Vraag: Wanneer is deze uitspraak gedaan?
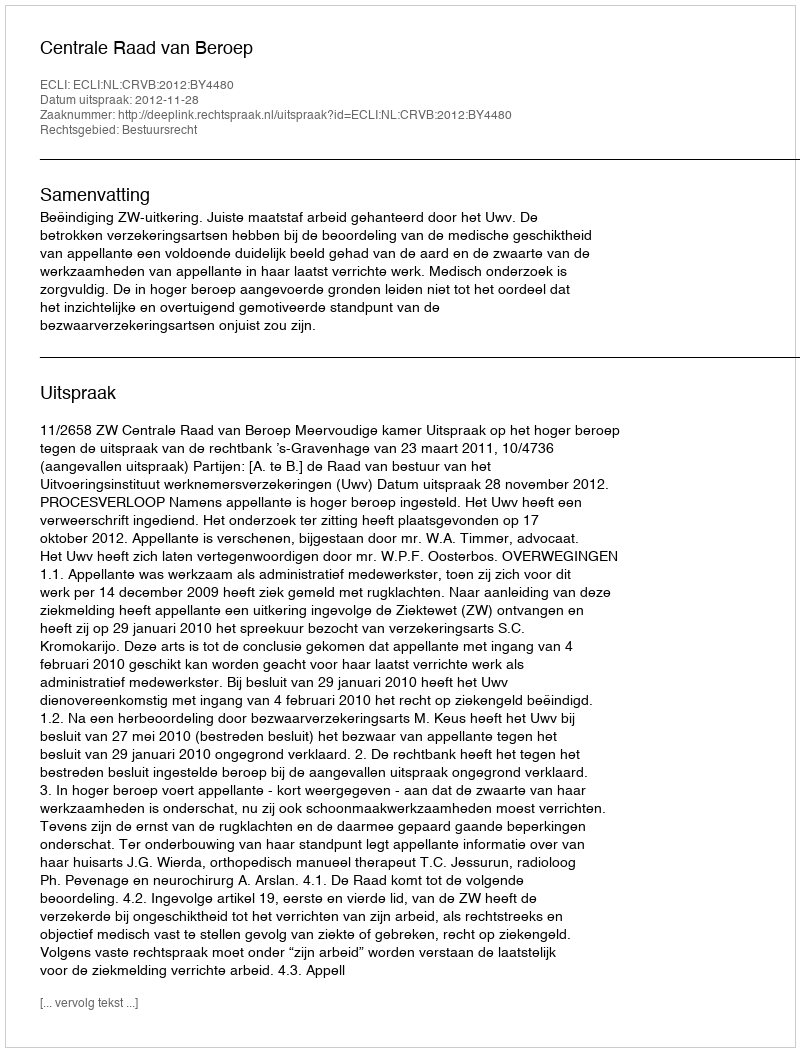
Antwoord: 2012-11-28